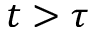
t > \tau